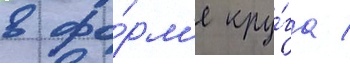
в фо́рм'е кру́га /